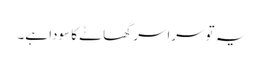
یہ تو سراسر گھاٹے کا سودا ہے۔